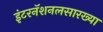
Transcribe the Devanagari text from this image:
इंटरनॅशनलसारख्या